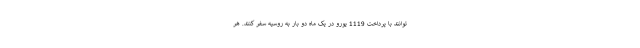
توانند با پرداخت 1119 یورو در یک ماه دو بار به روسیه سفر کنند. هر